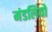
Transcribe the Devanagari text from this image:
मंडलियो